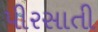
પીરસાતી